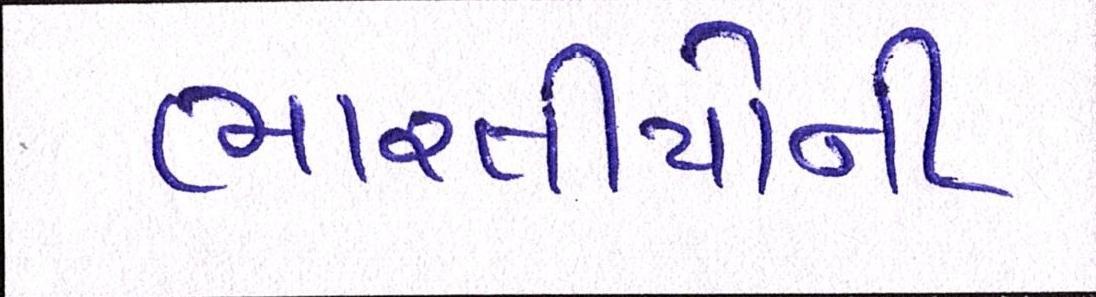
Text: ભારતીયોની